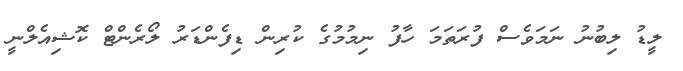
ލީޑު ލިބުނު ނަމަވެސް ފުރަތަމަ ހާފު ނިމުމުގެ ކުރިން ޑިފެންޑަރު ލޯރެންޓް ކޮޝިއެލްނީ